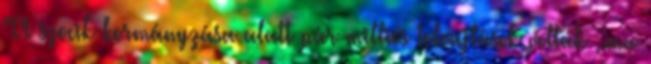
"A szocik kormányzása alatt pár milliós tolvajlások voltak ,.ma